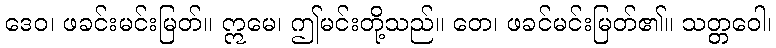
ဒေဝ၊ ဖခင်းမင်းမြတ်။ ဣမေ၊ ဤမင်းတို့သည်။ တေ၊ ဖခင်မင်းမြတ်၏။ သတ္တဝေါ၊